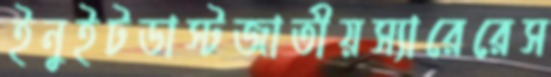
ইনুইটডাস্টজাতীয়স্যারেরেস